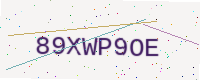
Text: 89XWP9OE